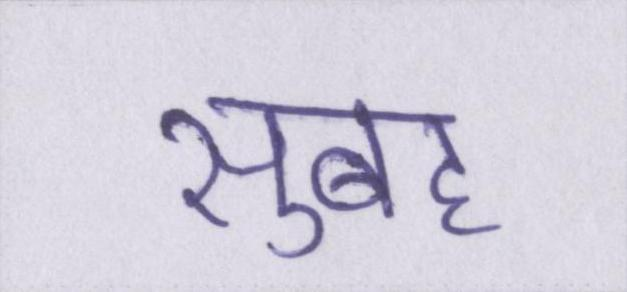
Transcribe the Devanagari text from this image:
सुबह